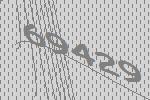
69429